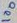
Text: 100